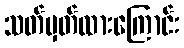
သတ်မှတ်ထားကြောင်း